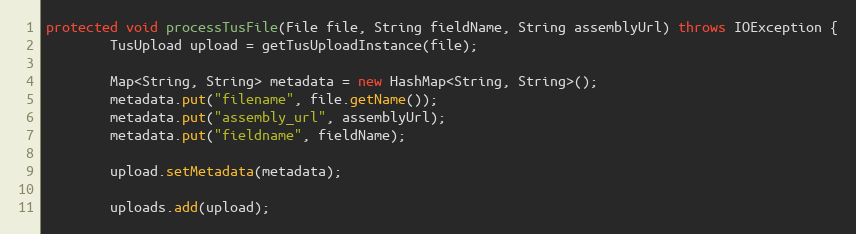
Language: Java
protected void processTusFile(File file, String fieldName, String assemblyUrl) throws IOException {
        TusUpload upload = getTusUploadInstance(file);

        Map<String, String> metadata = new HashMap<String, String>();
        metadata.put("filename", file.getName());
        metadata.put("assembly_url", assemblyUrl);
        metadata.put("fieldname", fieldName);

        upload.setMetadata(metadata);

        uploads.add(upload);